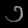
Digit: ၁